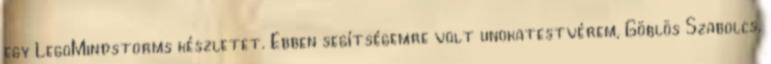
egy LegoMindstorms készletet. Ebben segítségemre volt unokatestvérem, Göblös Szabolcs,